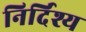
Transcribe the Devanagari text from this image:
निर्दिश्य